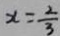
x = \frac { 2 } { 3 }